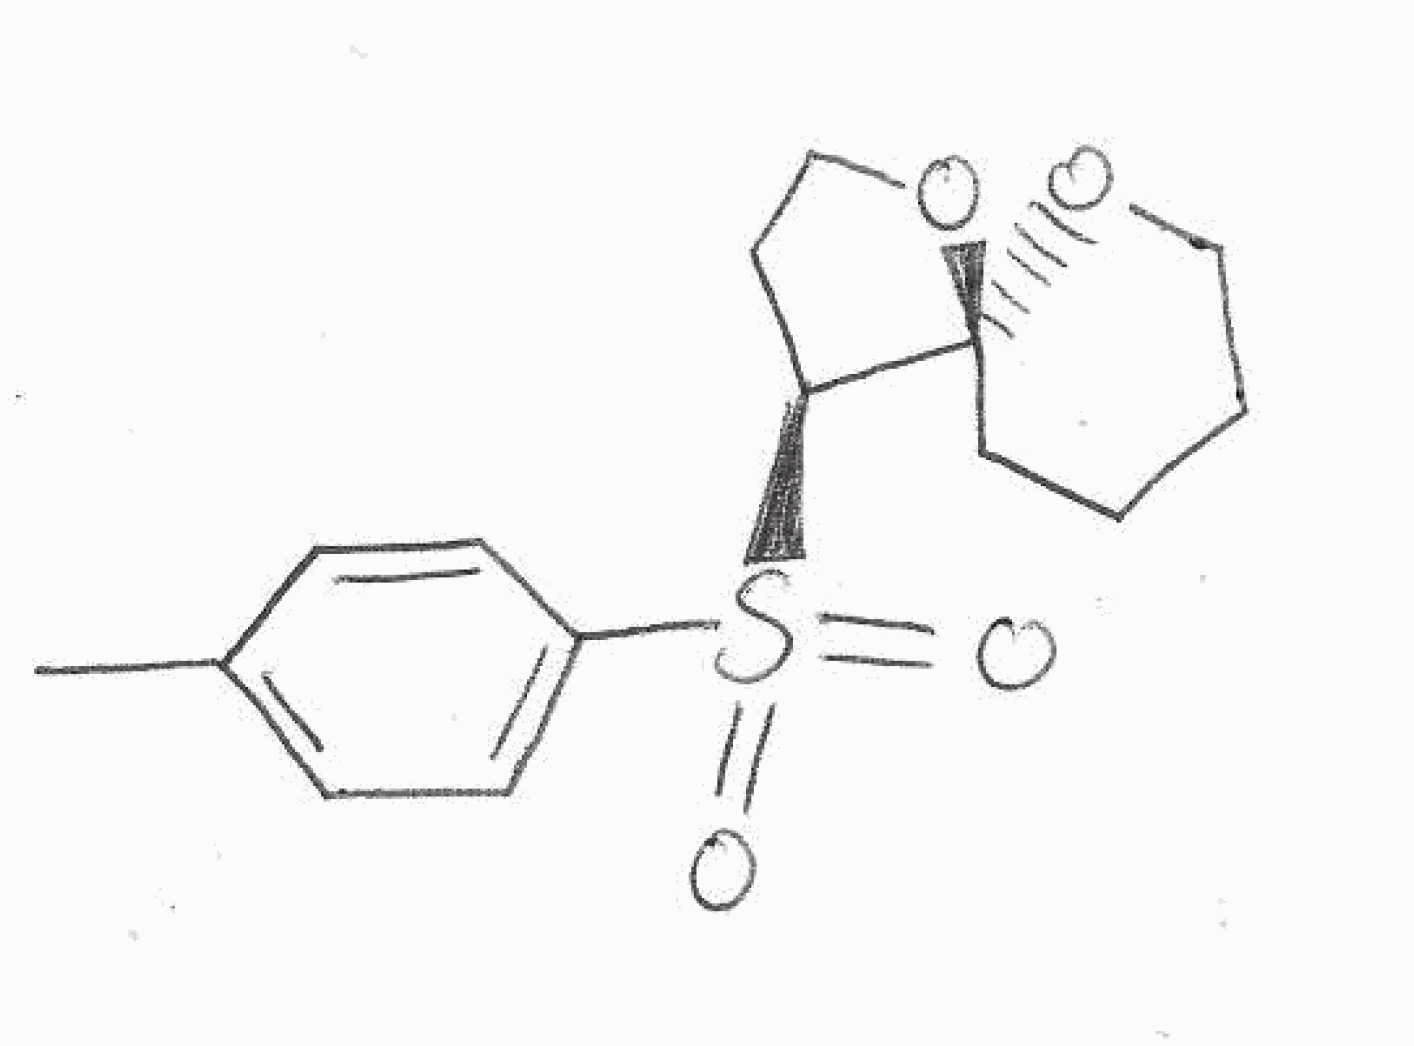
Simplified molecular-input line-entry system (SMILES) notation of the given molecule:
C[C@H]1C[C@@H]([C@@]2(O1)CCCCO2)S(=O)(=O)C3=CC=C(C=C3)C